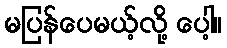
မပြန်ပေမယ့်လို့ ပေါ့။